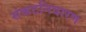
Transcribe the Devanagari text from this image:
संकटनिवारण